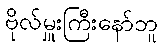
ဗိုလ်မှူးကြီးနော်ဘူ